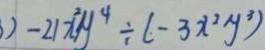
) - 2 1 x ^ { 2 } y ^ { 4 } \div ( - 3 x ^ { 2 } y ^ { 3 } )